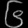
Digit: ၆